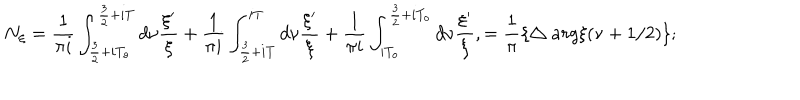
N _ { \xi } = \frac { 1 } { \pi i } \int _ { \frac { 3 } { 2 } + i T _ { o } } ^ { \frac { 3 } { 2 } + i T } d \nu \frac { \xi ^ { \prime } } { \xi } + \frac { 1 } { \pi i } \int _ { \frac { 3 } { 2 } + i T } ^ { i T } d \nu \frac { \xi ^ { \prime } } { \xi } + \frac { 1 } { \pi i } \int _ { i T _ { o } } ^ { \frac { 3 } { 2 } + i T _ { o } } d \nu \frac { \xi ^ { \prime } } { \xi } , = \frac { 1 } { \pi } \{ \bigtriangleup a r g \xi ( \nu + 1 / 2 ) \} ;